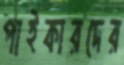
পাইকারদের